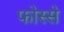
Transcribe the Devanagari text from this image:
फोस्से